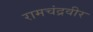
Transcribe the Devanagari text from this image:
रामचंद्रवीर